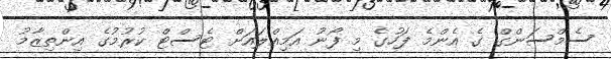
ސެމްސަންގް ގެ އެންމެ ފަހުގެ މި ފޯނު އަމިއްލައަށް ޓެސްޓް ކުރުމުގެ އިންތިޒާމު